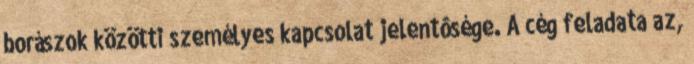
borászok közötti személyes kapcsolat jelentôsége. A cég feladata az,